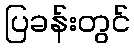
ပြခန်းတွင်